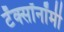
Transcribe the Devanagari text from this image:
टॅक्सॉनॉमी